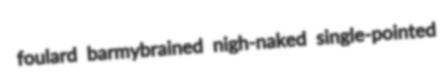
foulard barmybrained nigh-naked single-pointed